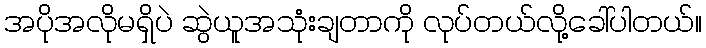
အပိုအလိုမရှိပဲ ဆွဲယူအသုံးချတာကို လုပ်တယ်လို့ခေါ်ပါတယ်။